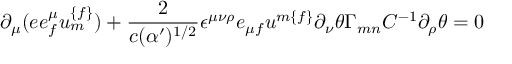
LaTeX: \partial _ { \mu } ( e e _ { { f } } ^ { \mu } u _ { { m } } ^ { { \{ f \} } } ) + { \frac { 2 } { c ( \alpha ^ { \prime } ) ^ { { 1 / 2 } } } } \epsilon ^ { \mu \nu \rho } e _ { \mu { f } } u ^ { { m \{ f \} } } \partial _ { \nu } \theta \Gamma _ { { m n } } C ^ { - { 1 } } \partial _ { \rho } \theta = 0